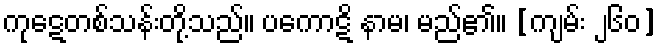
ကုဋေတစ်သန်းတို့သည်။ ပကောဋိ နာမ၊ မည်၏။ [ကျမ်း ၂၆၀]